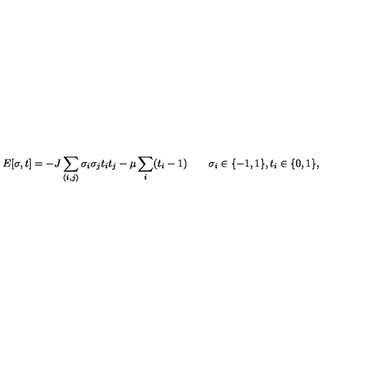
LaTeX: E [ \sigma , t ] = - J \sum _ { \langle i , j \rangle } \sigma _ { i } \sigma _ { j } t _ { i } t _ { j } - \mu \sum _ { i } ( t _ { i } - 1 ) \qquad \sigma _ { i } \in \{ - 1 , 1 \} , t _ { i } \in \{ 0 , 1 \} ,